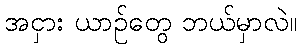
အငှား ယာဉ်တွေ ဘယ်မှာလဲ။